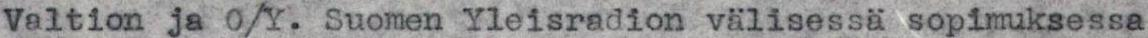
Valtion ja O/Y. Suomen Yleisradion välisessa sopimuksessa